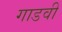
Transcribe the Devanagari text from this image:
गाडवी